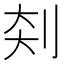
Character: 𪟃